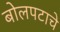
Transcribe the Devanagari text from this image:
बोलपटाचे